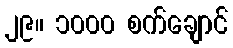
၂၉။ ၁၀၀၀ စက်ချောင်